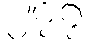
၂၇၇